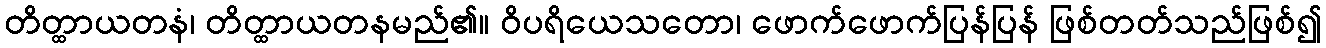
တိတ္ထာယတနံ၊ တိတ္ထာယတနမည်၏။ ဝိပရိယေသတော၊ ဖောက်ဖောက်ပြန်ပြန် ဖြစ်တတ်သည်ဖြစ်၍